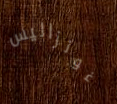
غونزاليس